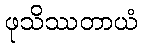
ဖုသိဿတာယံ